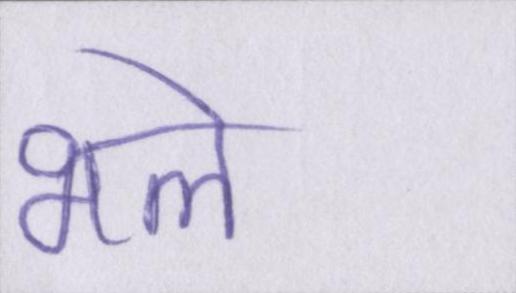
भले